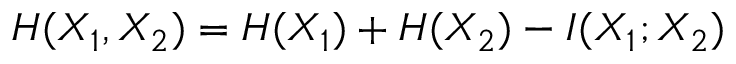
H ( X _ { 1 } , X _ { 2 } ) = H ( X _ { 1 } ) + H ( X _ { 2 } ) - I ( X _ { 1 } ; X _ { 2 } )